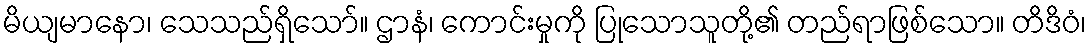
မိယျမာနော၊ သေသည်ရှိသော်။ ဌာနံ၊ ကောင်းမှုကို ပြုသောသူတို့၏ တည်ရာဖြစ်သော။ တိဒိဝံ၊